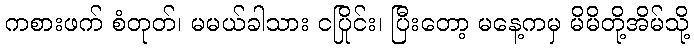
ကစားဖက် စံတုတ်၊ မမယ်ခါသား ငပြိုင်း၊ ပြီးတော့ မနေ့ကမှ မိမိတို့အိမ်သို့